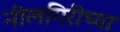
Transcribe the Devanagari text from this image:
नीलगिरीच्या